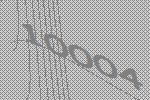
10004